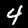
Digit: 4